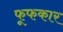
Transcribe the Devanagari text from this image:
फूफकार